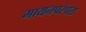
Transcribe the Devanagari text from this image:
गायनपरंपरा